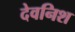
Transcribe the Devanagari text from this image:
देवनिश